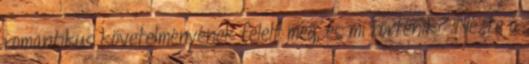
romantikus követelményének felelt meg, és mi történik? Nézte a